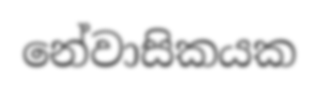
නේවාසිකයක